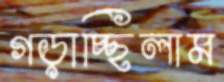
গড়াচ্ছিলাম